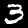
Label: 3